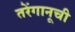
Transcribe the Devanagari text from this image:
तरेंगानूची